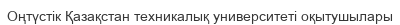
Оңтүстік Қазақстан техникалық университеті оқытушылары